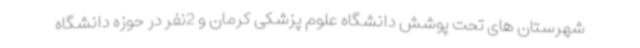
شهرستان های تحت پوشش دانشگاه علوم پزشکی کرمان و 2نفر در حوزه دانشگاه